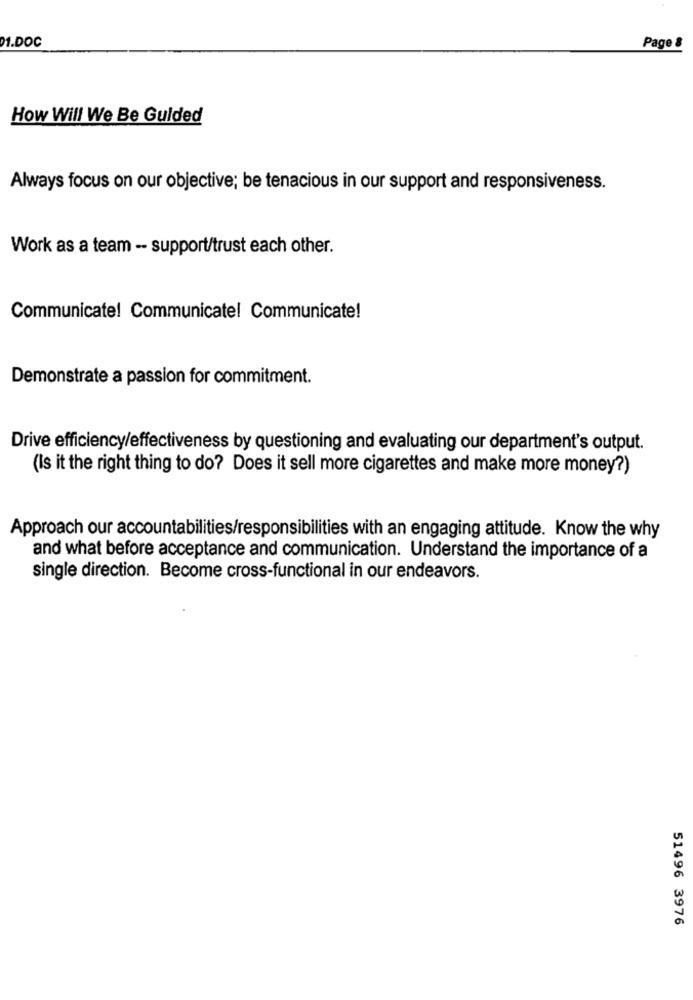
01.DOC
Page 8
How Will We Be Guided
Always focus on our objective; be tenacious in our support and responsiveness.
Work as a team -- support/trust each other.
Communicate! Communicatel Communicate!
Demonstrate a passion for commitment.
Drive efficiency/effectiveness by questioning and evaluating our department's output.
(Is it the right thing to do? Does it sell more cigarettes and make more money?)
Approach our accountabilities/responsibilities with an engaging attitude. Know the why
and what before acceptance and communication. Understand the importance of a
single direction. Become cross-functional in our endeavors.
51496 3976